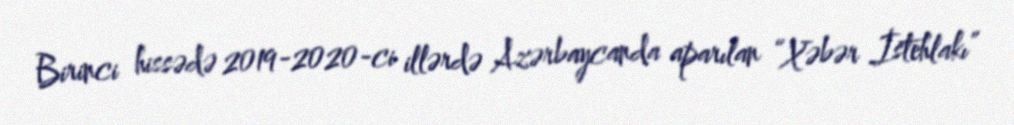
Birinci hissədə 2019-2020-ci illərdə Azərbaycanda aparılan “Xəbər İstehlakı”